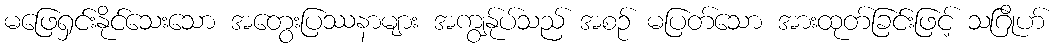
မဖြေရှင်းနိုင်သေးသော အတွေးပြဿနာများ အကျွန်ုပ်သည် အစဉ် မပြတ်သော အားထုတ်ခြင်းဖြင့် သဂြိုဟ်